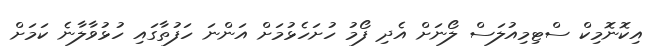
އިކޮނޮމިކް ސްޓިމިއުލަސް ލޯނަށް އެދި ފޯމު ހުށަހެޅުމަށް އަންނަ ހަފުތާގައި ހުޅުވާލާނެ ކަމަށް